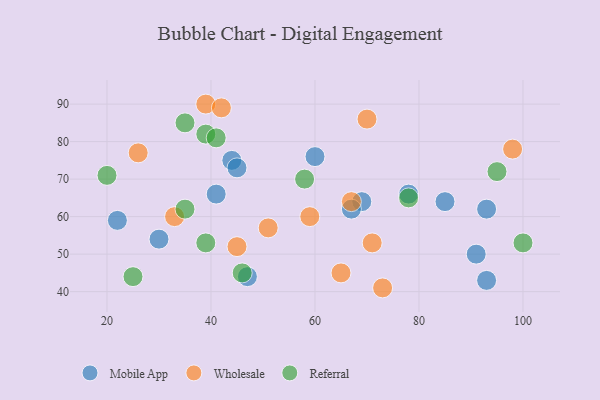
{"axis": {"x": "GDP", "y": "Life Expectancy"}, "legend": ["Mobile App", "Referral", "Wholesale"], "data": [{"x": "78", "y": 66, "type": "Mobile App"}, {"x": "69", "y": 64, "type": "Mobile App"}, {"x": "44", "y": 75, "type": "Mobile App"}, {"x": "47", "y": 44, "type": "Mobile App"}, {"x": "22", "y": 59, "type": "Mobile App"}, {"x": "60", "y": 76, "type": "Mobile App"}, {"x": "91", "y": 50, "type": "Mobile App"}, {"x": "41", "y": 66, "type": "Mobile App"}, {"x": "85", "y": 64, "type": "Mobile App"}, {"x": "93", "y": 62, "type": "Mobile App"}, {"x": "67", "y": 62, "type": "Mobile App"}, {"x": "45", "y": 73, "type": "Mobile App"}, {"x": "30", "y": 54, "type": "Mobile App"}, {"x": "93", "y": 43, "type": "Mobile App"}, {"x": "67", "y": 64, "type": "Wholesale"}, {"x": "98", "y": 78, "type": "Wholesale"}, {"x": "71", "y": 53, "type": "Wholesale"}, {"x": "39", "y": 90, "type": "Wholesale"}, {"x": "73", "y": 41, "type": "Wholesale"}, {"x": "42", "y": 89, "type": "Wholesale"}, {"x": "70", "y": 86, "type": "Wholesale"}, {"x": "65", "y": 45, "type": "Wholesale"}, {"x": "33", "y": 60, "type": "Wholesale"}, {"x": "26", "y": 77, "type": "Wholesale"}, {"x": "59", "y": 60, "type": "Wholesale"}, {"x": "51", "y": 57, "type": "Wholesale"}, {"x": "45", "y": 52, "type": "Wholesale"}, {"x": "35", "y": 85, "type": "Referral"}, {"x": "95", "y": 72, "type": "Referral"}, {"x": "20", "y": 71, "type": "Referral"}, {"x": "39", "y": 53, "type": "Referral"}, {"x": "58", "y": 70, "type": "Referral"}, {"x": "39", "y": 82, "type": "Referral"}, {"x": "46", "y": 45, "type": "Referral"}, {"x": "100", "y": 53, "type": "Referral"}, {"x": "35", "y": 62, "type": "Referral"}, {"x": "78", "y": 65, "type": "Referral"}, {"x": "25", "y": 44, "type": "Referral"}, {"x": "41", "y": 81, "type": "Referral"}]}